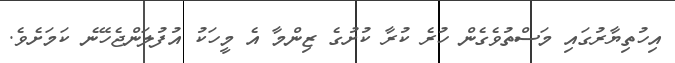
އިހުތިޔާރުގައި މަސްތުވެގެން ހުރެ ކުރާ ކުށުގެ ޒިންމާ އެ މީހަކު އުފުލަންޖެހޭނެ ކަމަށެވެ.